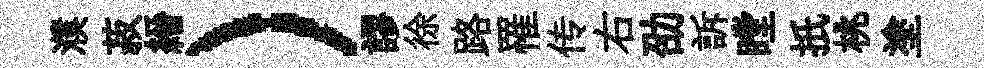
濮菽縉）謬徐路罹传右劭訴瞠扺桃塗